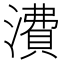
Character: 㵒